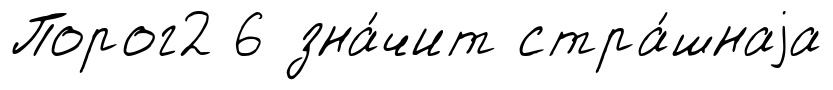
Порог2 6 зна́чит стра́шнаjа